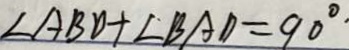
\angle A B D + \angle B A D = 9 0 ^ { \circ } .